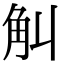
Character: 觓